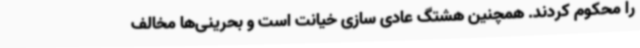
را محکوم کردند. همچنین هشتگ عادی سازی خیانت است و بحرینی‌ها مخالف